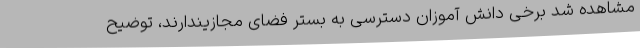
مشاهده شد برخی دانش آموزان دسترسی به بستر فضای مجازیندارند، توضیح